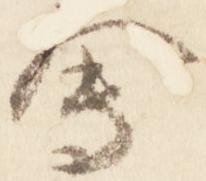
会